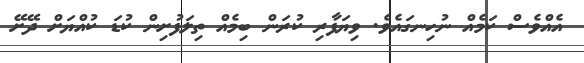
އެއްވެސް ކަމެއް ނުހިނގައެވެ. ވިޔަފާރި ކުރަން ބިމެއް ތިލަފުށިން ކުޑަ ކުއްޔަށް ދޭށޭ